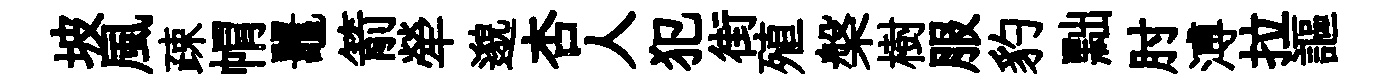
坡風疎㡌鼉箭犖邈杏人犯街殖槃樹服豹黜肘溥拉謳